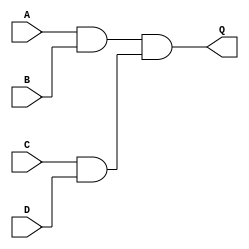
module fourAnd(Q, A, B, C, D);
	input A; wire A;
	input B; wire B;
	input C; wire C;
	input D; wire D;
	output Q; wire Q;

and(e0, A, B);
and(e1, C, D);
and(Q, e0, e1);

endmodule